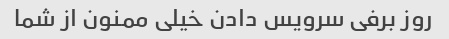
روز برفی سرویس دادن خیلی ممنون از شما